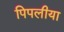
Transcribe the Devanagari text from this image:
पिपलीया